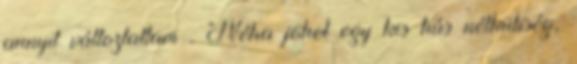
annyit változtattam . Néha jöhet egy kis hús nélküliség,